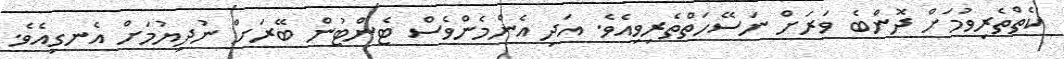
ކެތްތެރިވުމަށް ދޮންބެ ވަރަށް ނަސޭހަތްތެރިވިއެވެ. އަދި އެންމެންވެސް ޓެންޓުން ބޭރަށް ނުދިޔުމަށް އެނގިއެވެ.